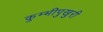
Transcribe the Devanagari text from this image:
कुम्भीपुखुरी